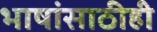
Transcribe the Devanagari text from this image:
भाषांसाठीही